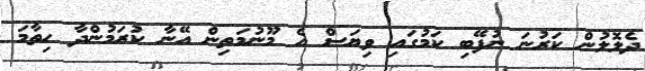
ދެލޮލުން ކަރުނަ ނުފޭބި ކަމުގައި ވިޔަސް އެ މޫނުމަތިން އޭނާ ކުރަމުންދާ ހިތާމަ